Report on the working of the Ranchi Indian Mental Hospital, Kanke, in Bihar and Orissa - 1930-1940
Year: 1930
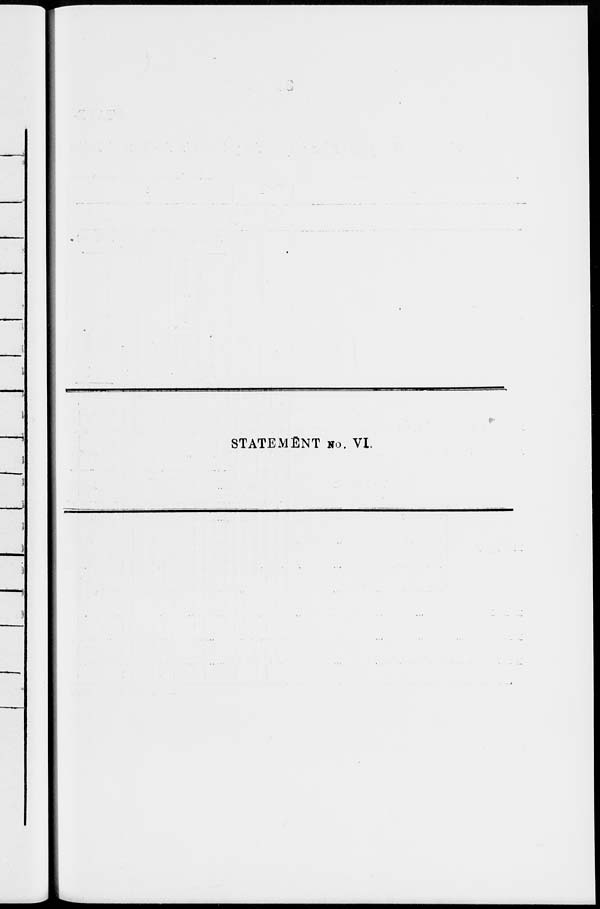
STATEMENT No. VI.